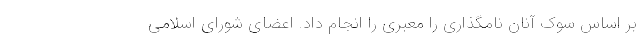
بر اساس سوک آنان نامگذاری را معبری را انجام داد. اعضای شورای اسلامی